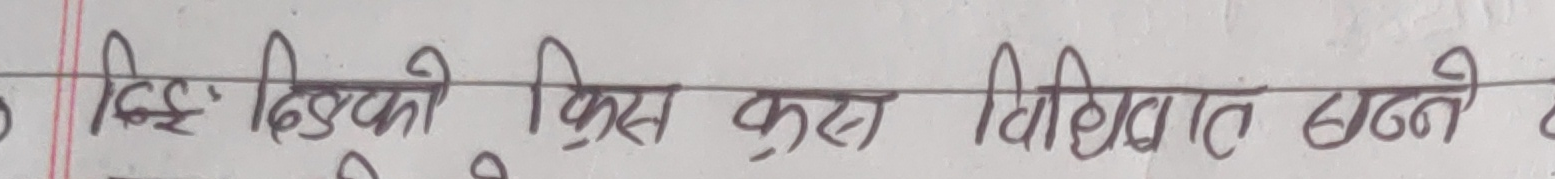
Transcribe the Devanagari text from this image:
डिस्को किस कुरा विविधात छन्ने